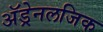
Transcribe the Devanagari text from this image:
अॅड्रेनलजिक